Sanitation, dispensaries and jails vaccination Rajputana 1922-1927 - 1922-1927
Year: 1922
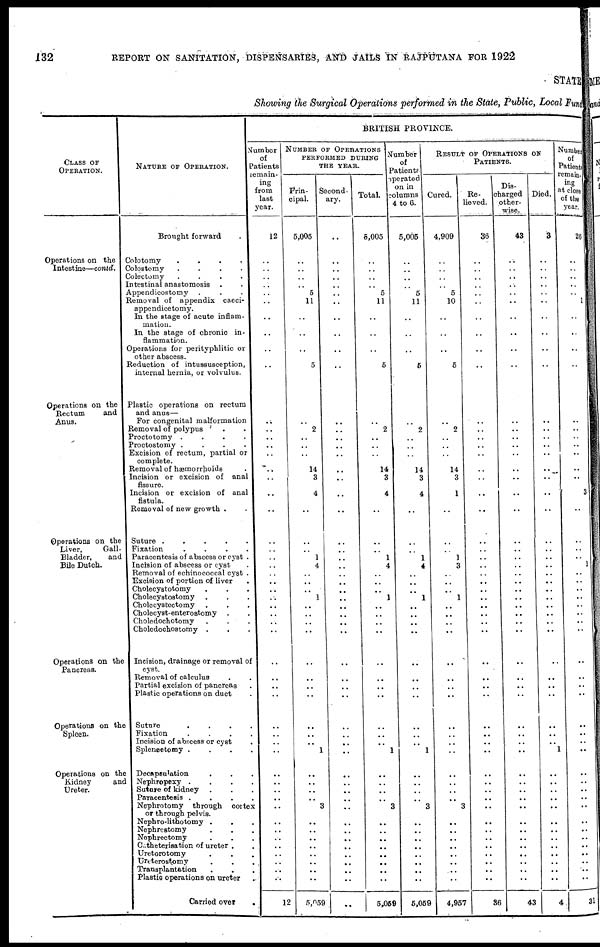
132
REPORT ON SANITATION, DISPENSARIES, AND JAILS IN RAJPUTANA FOR 1922
STATE
Showing the Surgical Operations performed in the State, Public, Local Fund
CLASS OF
OPERATION.
Operations on the
Intestine—contd.
Operations on the
Rectum
and
Anus.
Operations on the
Liver,
Gall¬
Bladder,
and
Bile Dutch.
Operations on the
Pancreas.
Operations on the
Spleen.
Operations on the
Kidney
and
Ureter.
NATURE OF OPERATION.
Brought forward .
Colotomy
.
.
.
.
Colostomy
.
.
.
.
Colectomy
.
.
.
.
Intestinal anastomosis . .
Appendicostomy . . .
Removal of appendix caeci¬
appendicetomy.
In the stage of acute inflam-
mation.
In the stage of chronic in-
flammation.
Operations for perityphlitic or
other abscess.
Reduction of intussusception,
internal hernia, or volvulus.
Plastic operations on rectum
and anus—
For congenital malformation
Removal of polypus . .
Proctotomy .
.
.
.
Proctostomy .
.
.
.
Excision of rectum, partial or
complete.
Removal of haemorrhoids .
Incision or excision of anal
fissure.
Incision or excision of anal
fistula.
Removal of new growth .
Suture .
.
.
.
.
Fixation
.
.
.
.
Paracentesis of abscess or cyst .
Incision of abscess or cyst .
Removal of echinococcal cyst .
Excision of portion of liver .
Cholecystotomy . . .
Cholecystostomy . . .
Cholecystectomy . . .
Cholecyst-enterostomy . .
Choledochotomy . . .
Choledochostomy . . .
Incision, drainage or removal of
cyst. . .
Removal of calculus .
Partial excision of pancreas .
Plastic operations on duct .
Suture
.
.
.
.
Fixation
.
.
.
.
Incision of abscess or cyst
.
Splenectomy .
.
.
.
Decapsulation . . .
Nephropexy .
.
.
.
Suture of kidney . . .
Paracentesis .
.
.
.
Nephrotomy through cortex
or through pelvis.
Nephro-lithotomy . . .
Nephrestomy . . .
Nophrectomy . . .
Catheterisation of ureter . .
Uretorotomy . . .
Ureterostpmy . . .
Transplantation . . .
Plastic operations on ureter .
Carried over
.
BRITISH PROVINCE.
Number
of
Patients
remain-
ing
from
last
year.
12
..
..
..
..
..
..
..
..
..
..
..
..
..
..
..
..
..
..
..
..
..
..
..
..
..
..
..
..
..
..
..
..
..
..
..
..
..
..
..
..
..
..
..
..
..
..
..
..
..
..
..
..
12
NUMBER OF OPERATIONS
PERFORMED DURING
THE YEAR.
Prin-
cipal.
5,005
..
..
..
..
5
11
..
..
..
5
..
2
..
..
..
14
3
4
..
..
.. 1
4
..
..
.. 1
..
..
..
..
..
..
..
..
..
..
..
1
..
..
..
..
3
..
..
..
..
..
..
..
..
5,059
Second-
ary.
..
..
..
..
..
..
..
..
..
..
..
..
..
..
..
..
..
..
..
..
..
..
..
..
..
..
..
..
..
..
..
..
..
..
..
..
..
..
..
..
..
..
..
..
..
..
..
..
..
..
..
..
..
..
Total.
5,005
..
..
..
..
5
11
..
..
..
5
..
2
..
..
..
14
3
4
..
..
..
1
4
..
..
.. 1
..
..
..
..
..
..
..
..
..
..
..
1
..
..
..
..
3
..
..
..
..
..
..
..
..
5,059
Number
of
Patients
operated
on in
columns
4 to 6.
5,005
..
..
..
.. 5
11
..
..
..
5
..
2
..
..
..
14
3
4
..
..
..
1
4
..
..
.. 1
..
..
..
..
..
..
..
..
..
..
..
1
..
..
..
..
3
..
..
..
..
..
..
..
..
5,059
RESULT OF OPERATIONS ON
PATIENTS.
Cured.
4,909
..
..
..
..
5
10
..
..
..
5
..
2
..
..
..
14
3
1
..
..
..
1
3
..
..
.. 1
..
..
..
..
..
..
..
..
..
..
..
..
..
..
..
..
3
..
..
..
..
..
..
..
..
4,957
Re-
lieved.
36
..
..
..
..
..
..
..
..
..
..
..
..
..
..
..
..
..
..
..
..
..
..
..
..
..
..
..
..
..
..
..
..
..
..
..
..
..
..
..
..
..
..
..
..
..
..
..
..
..
..
..
..
36
Dis-
charged
other-
wise.
43
..
..
..
..
..
..
..
..
..
..
..
..
..
..
..
..
..
..
..
..
..
..
..
..
..
..
..
..
..
..
..
..
..
..
..
..
..
..
..
..
..
..
..
..
..
..
..
..
..
..
..
..
43
Died.
3
..
..
..
..
..
..
..
..
..
..
..
..
..
. .
..
..
..
..
..
..
..
..
..
..
..
..
..
..
..
..
..
..
..
..
..
..
..
..
1
..
..
..
..
..
..
..
..
..
..
..
..
..
4
Number
of
Patients
remain¬
ing
at close
of the
year.
26
..
..
..
..
..
1
..
..
..
..
..
..
..
..
..
..
..
3
..
..
..
..
1
..
..
.. ..
..
..
..
..
..
..
..
..
..
..
..
..
..
..
..
..
..
..
..
..
..
..
..
..
..
31